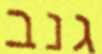
גנב